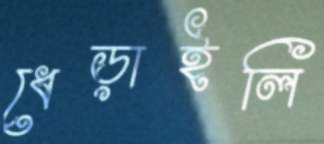
ধেড়াইলি